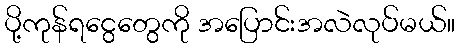
ပို့ကုန်ရငွေတွေကို အပြောင်းအလဲလုပ်မယ်။